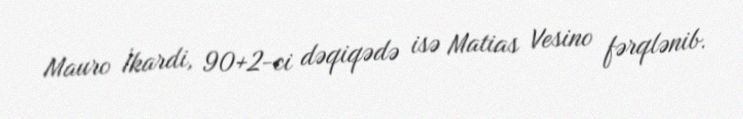
Mauro İkardi, 90+2-ci dəqiqədə isə Matias Vesino fərqlənib.